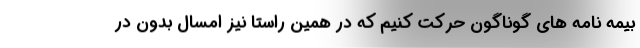
بیمه نامه های گوناگون حرکت کنیم که در همین راستا نیز امسال بدون در